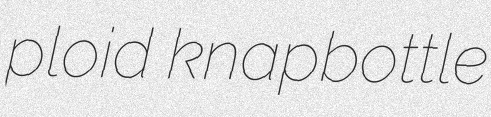
ploid knapbottle